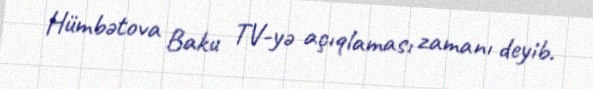
Hümbətova Baku TV-yə açıqlaması zamanı deyib.